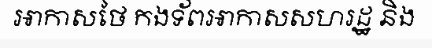
អាកាសថៃ កងទ័ពអាកាសសហរដ្ឋ និង